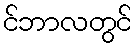
င်ဘာလတွင်